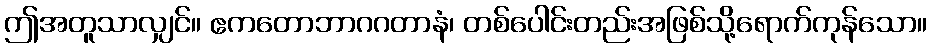
ဤအတူသာလျှင်။ ဧကတောဘာဂဂတာနံ၊ တစ်ပေါင်းတည်းအဖြစ်သို့ရောက်ကုန်သော။